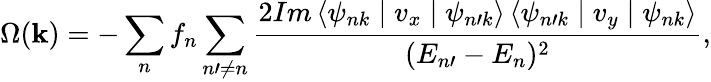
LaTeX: \Omega(\textbf{k})=-\sum_{n}f_{n}\sum_{n\prime\neq n}\frac{2Im\left\langle\psi_{nk}\mid v_{x}\mid\psi_{n\prime k}\right\rangle\left\langle\psi_{n\prime k}\mid v_{y}\mid\psi_{nk}\right\rangle}{(E_{n\prime}-E_{n})^{2}},